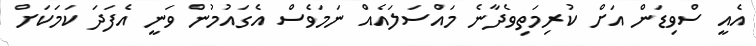
އެއީ ސްވިޑަން އަށް ކުރިމަތިވެދާނެ މައްސަލައެއް ނަމަވެސް އެގައުމުން ވަނީ އެފަދަ ކަމަކަށް